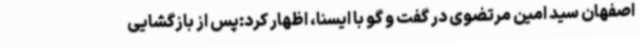
اصفهان سید امین مرتضوی در گفت و گو با ایسنا، اظهار کرد:پس از بازگشایی‌